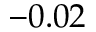
- 0 . 0 2